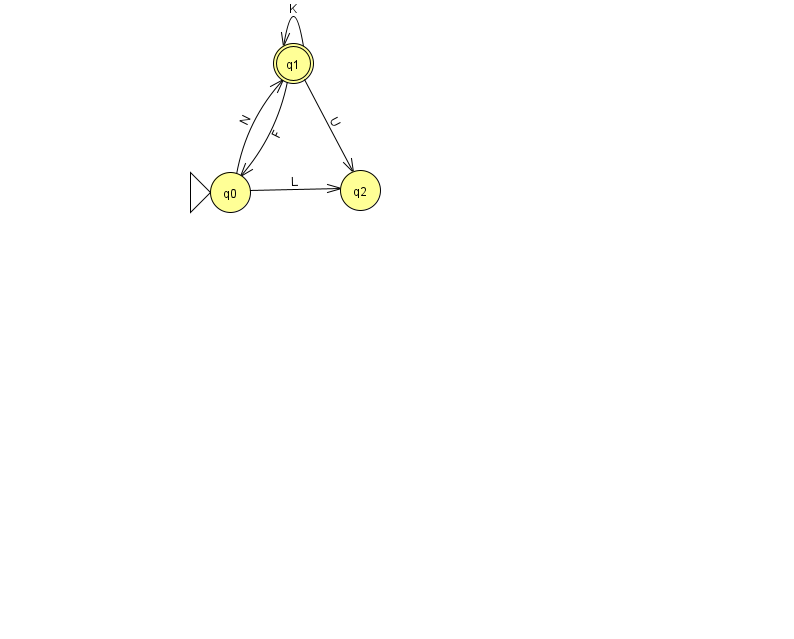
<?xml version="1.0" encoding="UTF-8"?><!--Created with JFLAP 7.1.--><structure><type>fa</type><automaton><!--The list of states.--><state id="0" name="q0"><x>230.0</x><y>179.0</y><initial/></state><state id="1" name="q1"><x>293.0</x><y>50.0</y><final/></state><state id="2" name="q2"><x>360.0</x><y>177.0</y></state><!--The list of transitions.--><transition><from>0</from><to>1</to><read>N</read></transition><transition><from>1</from><to>0</to><read>F</read></transition><transition><from>0</from><to>2</to><read>L</read></transition><transition><from>1</from><to>1</to><read>K</read></transition><transition><from>1</from><to>2</to><read>U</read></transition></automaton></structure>